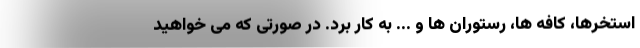
استخرها، کافه ها، رستوران ها و ... به کار برد. در صورتی که می خواهید